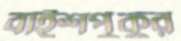
বাইশপুকুর